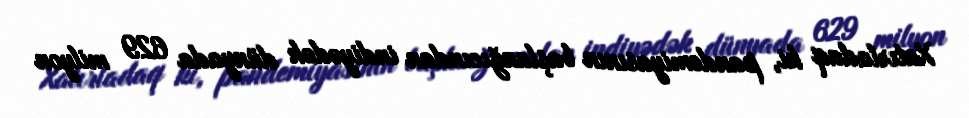
Xatırladaq ki, pandemiyasının başlanğıcından indiyədək dünyada 629 milyon